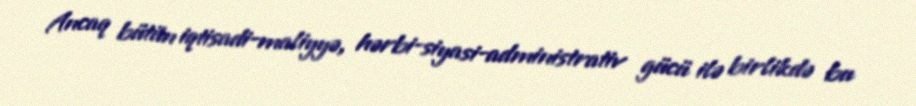
Ancaq bütün iqtisadi-maliyyə, hərbi-siyasi-administrativ gücü ilə birlikdə bu